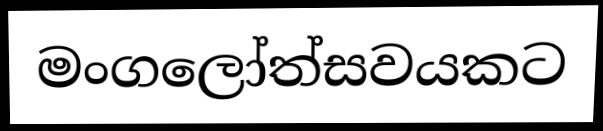
මංගලෝත්සවයකට